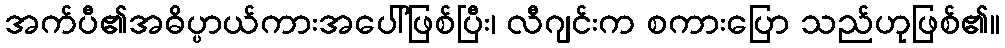
အက်ပီ၏အဓိပ္ပာယ်ကားအပေါ်ဖြစ်ပြီး၊ လီဂျင်းက စကားပြော သည်ဟုဖြစ်၏။